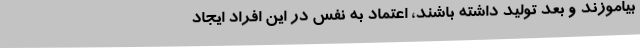
بیاموزند و بعد تولید داشته باشند، اعتماد به نفس در این افراد ایجاد